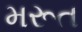
મરૂત